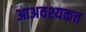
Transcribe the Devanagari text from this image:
आअवश्यकत